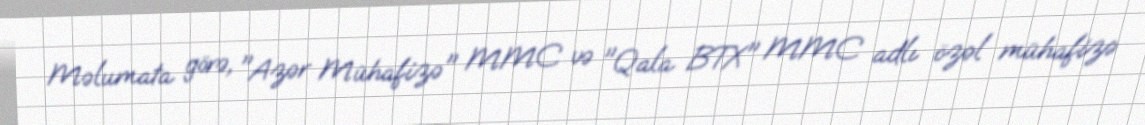
Məlumata görə, "Azər Mühafizə" MMC və "Qala BTX" MMC adlı özəl mühafizə